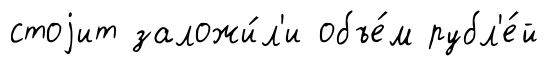
стоjит заложи́л'и объе́м рубл'е́й